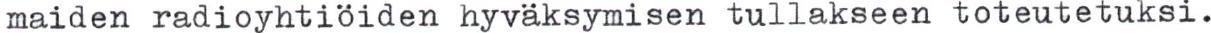
maiden radioyhtiöiden hyväksymisen tullakseen toteutetuksi.